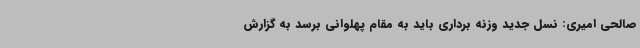
صالحی امیری: نسل جدید وزنه برداری باید به مقام پهلوانی برسد به گزارش